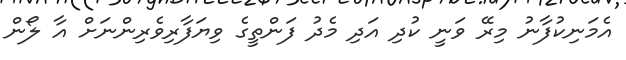
އެމަނިކުފާނު މިރޭ ވަނީ ކުދި އަދި މެދު ފަންތީގެ ވިޔަފާރިވެރިންނަށް އާ ލޯން